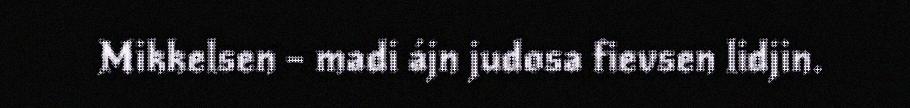
Mikkelsen – madi ájn judosa fievsen lidjin.